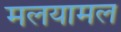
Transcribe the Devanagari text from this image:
मलयामल